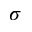
\sigma